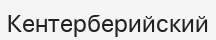
Кентерберийский